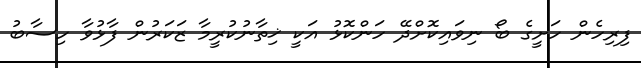
ފިރިހެން ހަށީގެ ބޯ ނިވައިކޮށްދޭ ހަންކޮޅު އަކީ ޚިތާނުކުރީމާ ޒަކަރުން ފާޅުވާ ހިސާބު